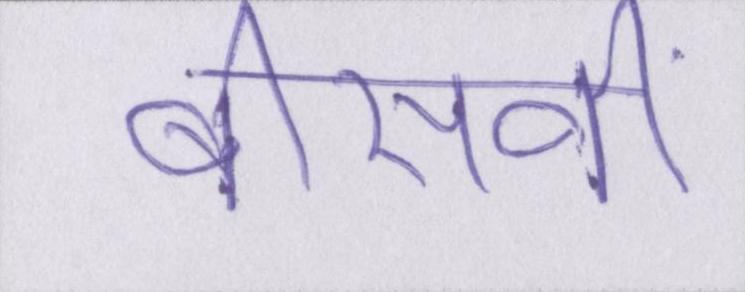
बीसवीं